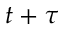
t + \tau